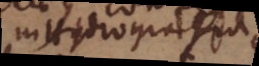
_